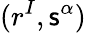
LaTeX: (r^{I},\mathsf{s}^{\alpha})